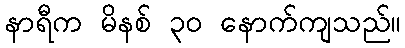
နာရီက မိနစ် ၃၀ နောက်ကျသည်။